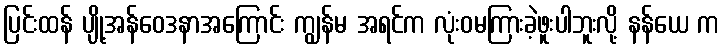
ပြင်းထန် ပျို့အန်ဝေဒနာအကြောင်း ကျွန်မ အရင်က လုံးဝမကြားခဲ့ဖူးပါဘူးလို့ နန်ယေ က